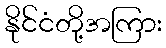
နိုင်ငံတို့အကြား